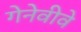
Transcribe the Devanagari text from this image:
गेनेवीवे